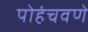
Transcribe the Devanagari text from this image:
पोहंचवणे